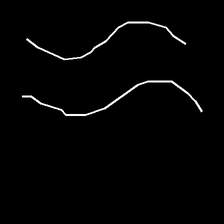
Glyph: float